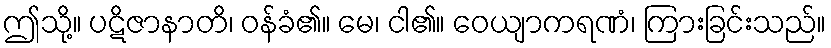
ဤသို့။ ပဋိဇာနာတိ၊ ဝန်ခံ၏။ မေ၊ ငါ၏။ ဝေယျာကရဏံ၊ ကြားခြင်းသည်။